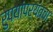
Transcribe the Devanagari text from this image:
रुपयांपर्यंतचा